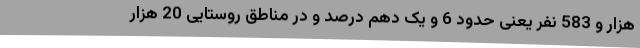
هزار و 583 نفر یعنی حدود 6 و یک دهم درصد و در مناطق روستایی 20 هزار